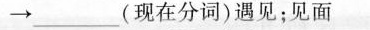
\to ___（现在分词）遇见；见面